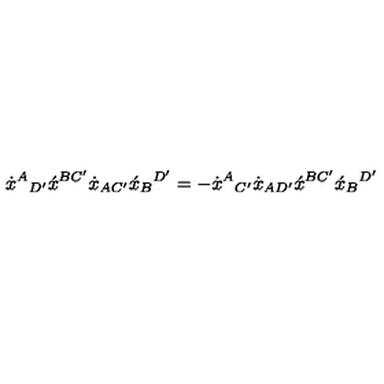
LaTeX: \dot { x } ^ { A } { } _ { D ^ { \prime } } \acute { x } ^ { B C ^ { \prime } } \dot { x } _ { A C ^ { \prime } } \acute { x } _ { B } { } ^ { D ^ { \prime } } = - \dot { x } ^ { A } { } _ { C ^ { \prime } } \dot { x } _ { A D ^ { \prime } } \acute { x } ^ { B C ^ { \prime } } \acute { x } _ { B } { } ^ { D ^ { \prime } }